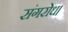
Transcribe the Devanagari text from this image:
संगरोध।